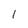
Character: 1